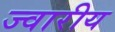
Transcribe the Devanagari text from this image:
ज्‍वारीय